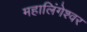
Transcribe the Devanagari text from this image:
महालिंगेश्वर